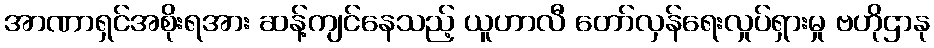
အာဏာရှင်အစိုးရအား ဆန့်ကျင်နေသည့် ယူဟာလီ တော်လှန်ရေးလှုပ်ရှားမှု ဗဟိုဌာနု